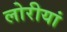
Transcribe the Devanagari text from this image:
लोरीयां